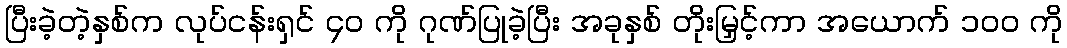
ပြီးခဲ့တဲ့နှစ်က လုပ်ငန်းရှင် ၄၀ ကို ဂုဏ်ပြုခဲ့ပြီး အခုနှစ် တိုးမြှင့်ကာ အယောက် ၁၀၀ ကို